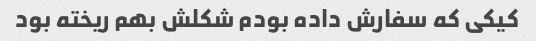
کیکی که سفارش داده بودم شکلش بهم ریخته بود